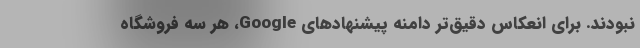
نبودند. برای انعکاس دقیق‌تر دامنه پیشنهادهای Google، هر سه فروشگاه